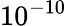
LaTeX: \displaystyle{10^{-10}}